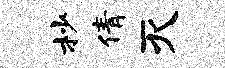
杪倩灭